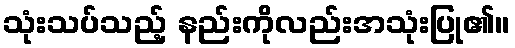
သုံးသပ်သည့် နည်းကိုလည်းအသုံးပြု၏။